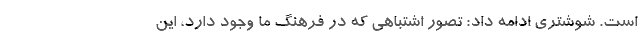
است. شوشتری ادامه داد: تصور اشتباهی که در فرهنگ ما وجود دارد، این